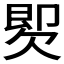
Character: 𣣝